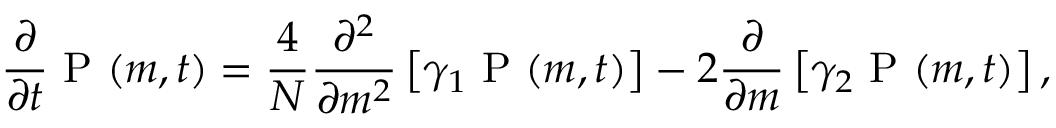
\frac { \partial } { \partial t } \mathrm { ~ P ~ } ( m , t ) = \frac { 4 } { N } \frac { \partial ^ { 2 } } { \partial m ^ { 2 } } \left[ \gamma _ { 1 } \mathrm { ~ P ~ } ( m , t ) \right] - 2 \frac { \partial } { \partial m } \left[ \gamma _ { 2 } \mathrm { ~ P ~ } ( m , t ) \right] ,